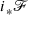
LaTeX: i _ { * } { \mathcal { F } }